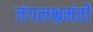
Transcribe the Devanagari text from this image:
जंगलभ्रमंती